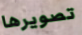
تصويرها